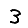
Digit: 3